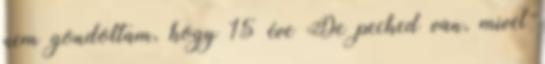
nem gondoltam, hogy 15 éve De peched van, mivel